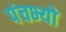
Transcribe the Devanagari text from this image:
पंचभ्यो